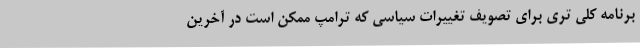
برنامه کلی تری برای تصویف تغییرات سیاسی که ترامپ ممکن است در آخرین